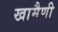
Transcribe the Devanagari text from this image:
खामैणी